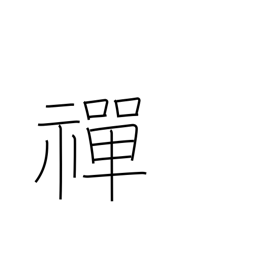
Meaning: Zen Buddhism